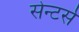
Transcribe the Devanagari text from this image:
सेन्टर्स